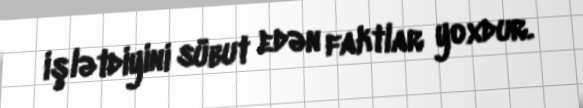
işlətdiyini sübut edən faktlar yoxdur.